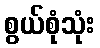
စွယ်စုံသုံး